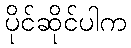
ပိုင်ဆိုင်ပါက